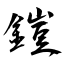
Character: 鎧